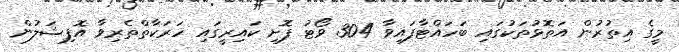
މީގެ އިތުރުން އަތޮޅުތަކުގައި ބަހައްޓާފައިވާ 304 ވޯޓު ފޮށި ކައިރީގައި ހަރަކާތްތެރިވާ އޮފިޝަލުން